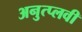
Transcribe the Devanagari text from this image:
अनुत्प्लवी